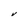
Character: V